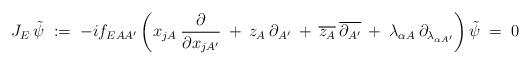
LaTeX: \begin{align*}J_E \: \tilde{\psi} \;:=\; -i f_{EAA^\prime} \left( x_{jA} \:\frac{\partial}{\partial x_{jA^\prime}} \:+\: z_A \:\partial_{A^\prime} \:+\: \overline{z_A} \: \overline{\partial_{A^\prime}} \:+\: \lambda_{\alpha A}\: \partial_{\lambda_{\alpha A^\prime}} \right) \tilde{\psi} \;=\; 0\end{align*}